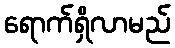
ရောက်ရှိလာမည်